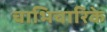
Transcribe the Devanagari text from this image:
चाभिचारिके